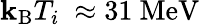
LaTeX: \mathbf{k}_{\mathrm{{B}}}T_{i}~\approx31~\mathrm{{{MeV}}}